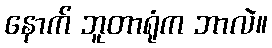
နောက် ဘူတာရုံက ဘာလဲ။